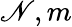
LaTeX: \mathscr{N},m